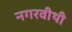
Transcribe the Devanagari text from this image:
नगरवीथी